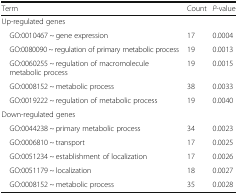
<table><thead><tr><td><b>Term</b></td><td><b>Count</b></td><td><b><i>P</i>-value</b></td></tr></thead><tbody><tr><td colspan="3">Up-regulated genes</td></tr><tr><td> GO:0010467 ~ gene expression</td><td>17</td><td>0.0004</td></tr><tr><td> GO:0080090 ~ regulation of primary metabolic process</td><td>19</td><td>0.0013</td></tr><tr><td> GO:0060255 ~ regulation of macromolecule metabolic process</td><td>19</td><td>0.0015</td></tr><tr><td> GO:0008152 ~ metabolic process</td><td>38</td><td>0.0033</td></tr><tr><td> GO:0019222 ~ regulation of metabolic process</td><td>19</td><td>0.0040</td></tr><tr><td colspan="3">Down-regulated genes</td></tr><tr><td> GO:0044238 ~ primary metabolic process</td><td>34</td><td>0.0023</td></tr><tr><td> GO:0006810 ~ transport</td><td>17</td><td>0.0025</td></tr><tr><td> GO:0051234 ~ establishment of localization</td><td>17</td><td>0.0026</td></tr><tr><td> GO:0051179 ~ localization</td><td>18</td><td>0.0027</td></tr><tr><td> GO:0008152 ~ metabolic process</td><td>35</td><td>0.0028</td></tr></tbody></table>